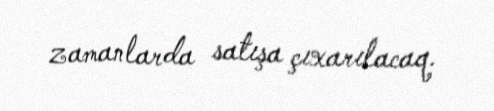
zamanlarda satışa çıxarılacaq.